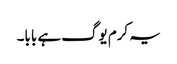
یہ کرم یوگ ہے بابا۔